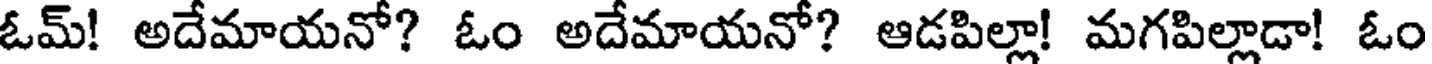
ఓమ్! అదేమాయనో? ఓం అదేమాయనో? ఆడపిల్లా! మగపిల్లాడా! ఓం